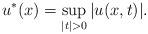
LaTeX: \begin{align*} u^*(x)=\sup_{|t|>0}|u(x,t)|.\end{align*}